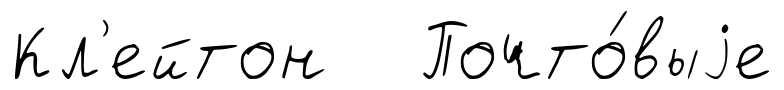
Кл'ейтон Почто́выjе